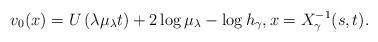
LaTeX: \begin{align*}v_0(x)=U\left(\lambda\mu_\lambda t\right)+2\log\mu_\lambda-\log h_\gamma, x=X_{\gamma}^{-1}(s,t).\end{align*}